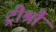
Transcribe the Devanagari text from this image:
ट्रीश्रौ